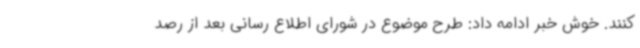
کنند. خوش خبر ادامه داد: طرح موضوع در شورای اطلاع رسانی بعد از رصد